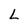
Character: L